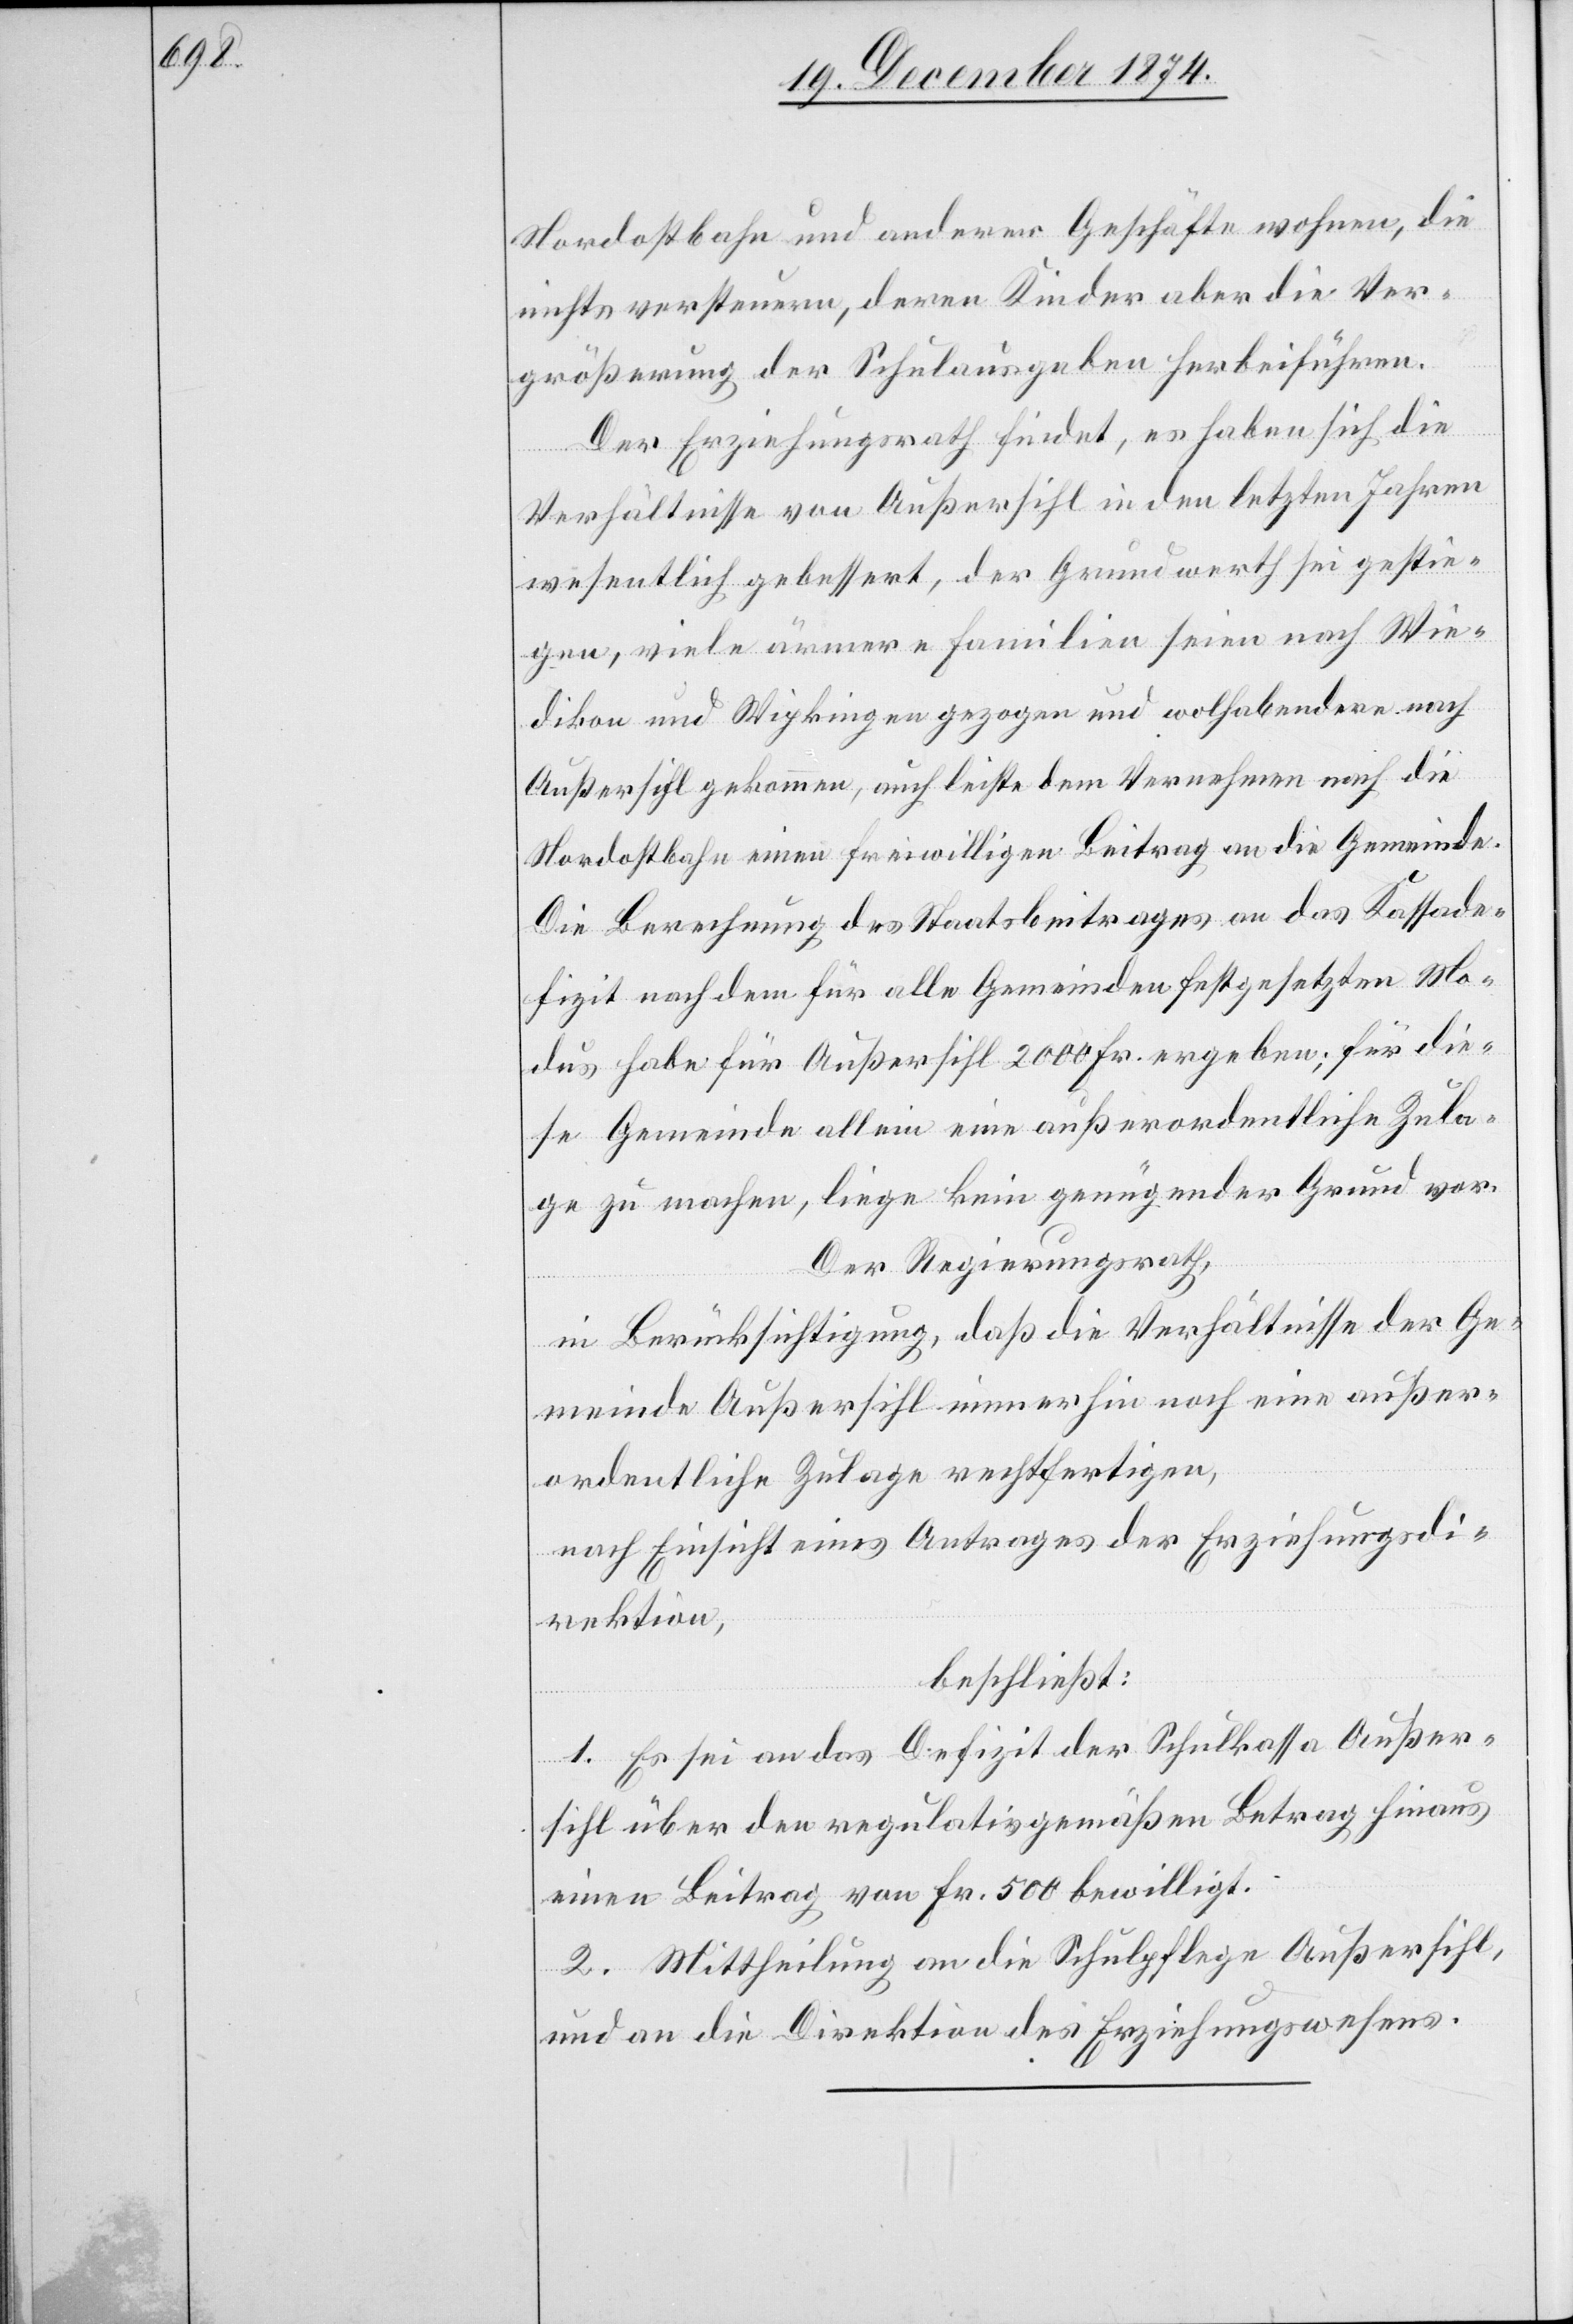
Nordostbahn und anderer Geschäfte wohnen, die
nichts versteuern, deren Kinder aber die Ver¬
größerung der Schulausgaben herbeiführen.
Der Erziehungsrath findet, es haben sich die
Verhältnisse von Außersihl in den letzten Jahren
wesentlich gebessert, der Grundwerth sei gestie¬
gen, viele ärmere Familien seien nach Wie¬
dikon und Wipkingen gezogen und wohlhabendere nach
Außersihl gekommen, auch leiste dem Vernehmen nach die
Nordostbahn einen freiwilligen Beitrag an die Gemeinde.
Die Berechnung des Staatsbeitrages an das Kassade¬
fizit noch dem für alle Gemeinden festgesetzten Mo¬
dus habe für Außersihl 2000 Fr. ergeben; für die¬
se Gemeinde allein eine außerordentliche Zula¬
ge zu machen, liege kein genügender Grund vor.
Der Regierungsrath,
in Berücksichtigung, daß die Verhältnisse der Ge¬
meinde Außersihl immerhin noch eine außer¬
ordentliche Zulage rechtfertigen,
nach Einsicht eines Antrages der Erziehungsdi¬
rektion,
beschließt:
1. Es sei an das Defizit der Schulkassa Außer¬
sihl über den regulativgemäßen Betrag hinaus
einen Beitrag von Fr. 500 bewilligt.
2. Mittheilung an die Schulpflege Außersihl,
und an die Direktion des Erziehungswesens.